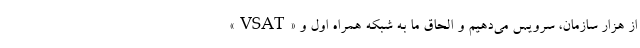
از هزار سازمان، سرویس می‌دهیم و الحاق ما به شبکه همراه اول و «VSAT»